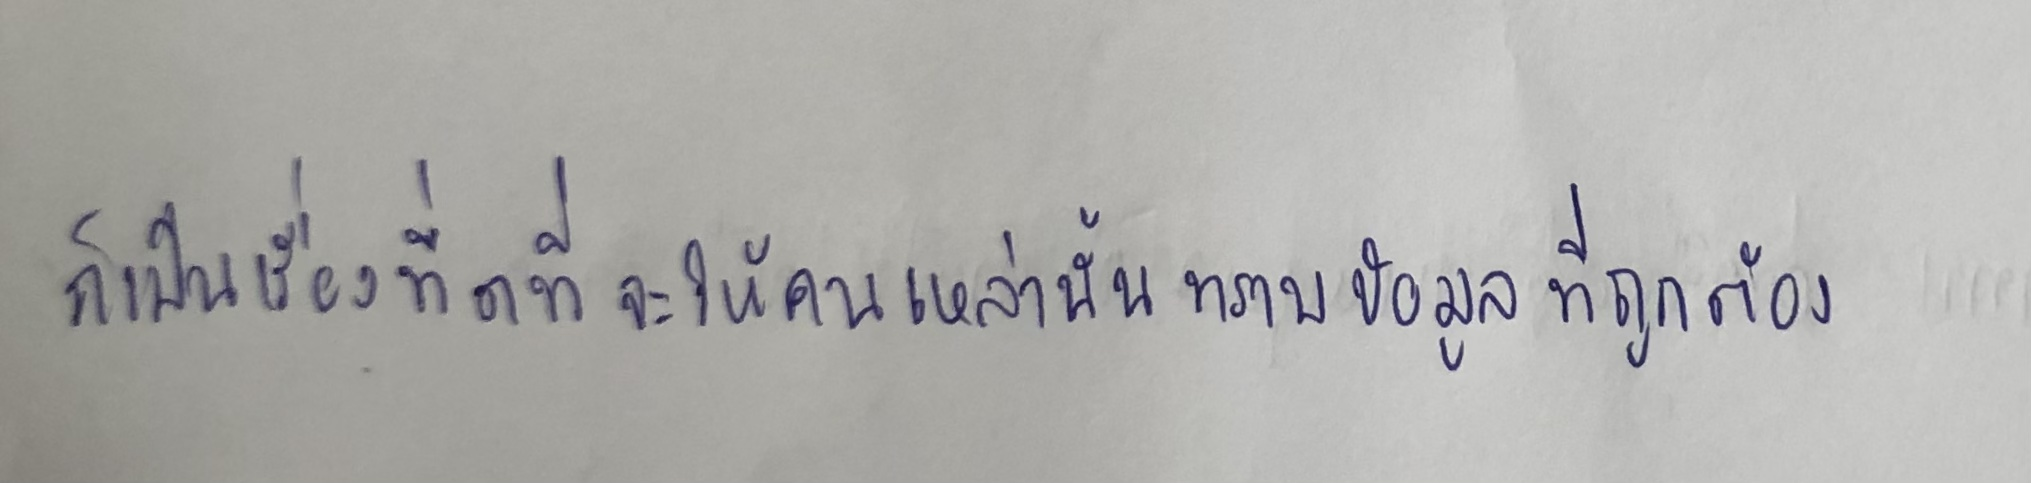
ก็เป็นเรื่องที่ดีที่จะให้คนเหล่านั้นทราบข้อมูลที่ถูกต้อง